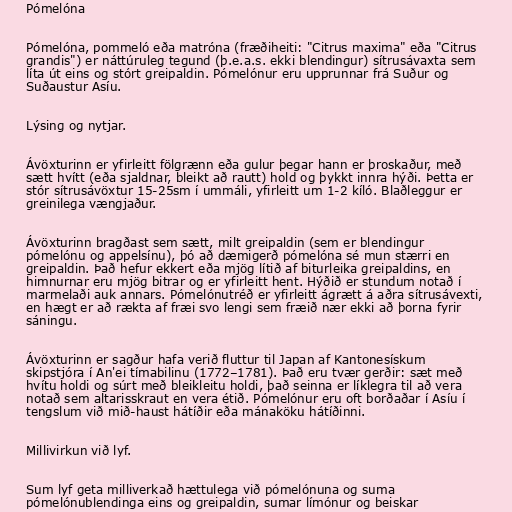
Pómelóna

Pómelóna, pommeló eða matróna (fræðiheiti: "Citrus maxima" eða "Citrus
grandis") er náttúruleg tegund (þ.e.a.s. ekki blendingur) sítrusávaxta sem
líta út eins og stórt greipaldin. Pómelónur eru upprunnar frá Suður og
Suðaustur Asíu.

Lýsing og nytjar.

Ávöxturinn er yfirleitt fölgrænn eða gulur þegar hann er þroskaður, með
sætt hvítt (eða sjaldnar, bleikt að rautt) hold og þykkt innra hýði. Þetta er
stór sítrusávöxtur 15-25sm í ummáli, yfirleitt um 1-2 kíló. Blaðleggur er
greinilega vængjaður.

Ávöxturinn bragðast sem sætt, milt greipaldin (sem er blendingur
pómelónu og appelsínu), þó að dæmigerð pómelóna sé mun stærri en
greipaldin. Það hefur ekkert eða mjög lítið af biturleika greipaldins, en
himnurnar eru mjög bitrar og er yfirleitt hent. Hýðið er stundum notað í
marmelaði auk annars. Pómelónutréð er yfirleitt ágrætt á aðra sítrusávexti,
en hægt er að rækta af fræi svo lengi sem fræið nær ekki að þorna fyrir
sáningu.

Ávöxturinn er sagður hafa verið fluttur til Japan af Kantonesískum
skipstjóra í An'ei tímabilinu (1772–1781). Það eru tvær gerðir: sæt með
hvítu holdi og súrt með bleikleitu holdi, það seinna er líklegra til að vera
notað sem altarisskraut en vera étið. Pómelónur eru oft borðaðar í Asíu í
tengslum við mið-haust hátíðir eða mánaköku hátíðinni.

Millivirkun við lyf.

Sum lyf geta milliverkað hættulega við pómelónuna og suma
pómelónublendinga eins og greipaldin, sumar límónur og beiskar